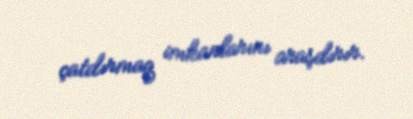
çatdırmaq imkanlarını araşdırır.